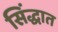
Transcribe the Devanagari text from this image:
सिंद्धात